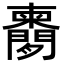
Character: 𬮔